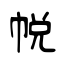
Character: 帨